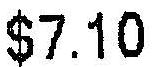
$7.10